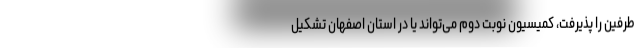
طرفین را پذیرفت، کمیسیون نوبت دوم می‌تواند یا در استان اصفهان تشکیل